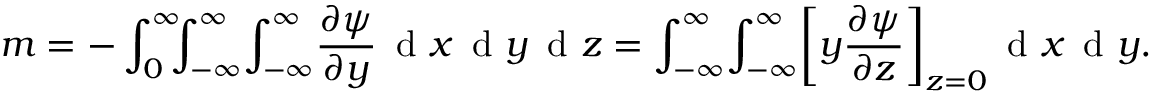
m = - \int _ { 0 } ^ { \infty } \! \! \! \int _ { - \infty } ^ { \infty } \! \int _ { - \infty } ^ { \infty } \! \frac { \partial \psi } { \partial y } \, \textrm { d } x \, \textrm { d } y \, \textrm { d } z = \int _ { - \infty } ^ { \infty } \! \int _ { - \infty } ^ { \infty } \! \left[ y \frac { \partial \psi } { \partial z } \right] _ { z = 0 } \! \, \textrm { d } x \, \textrm { d } y .